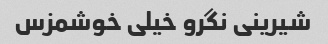
شیرینی نگرو خیلی خوشمزس